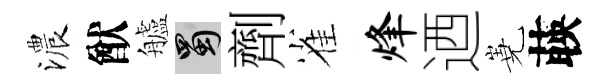
濃猷艫蜀劑雀烽迺嶤𦴤